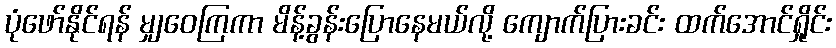
ပုံဖော်နိုင်ရန် မျှဝေကြကာ မိန့်ခွန်းပြောနေမယ်လို့ ကျောက်ပြားခင်း ထက်အောင်ရှိုင်း